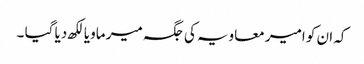
کہ ان کو امیر معاویہ کی جگہ میر ماویا لکھ دیا گیا ۔